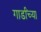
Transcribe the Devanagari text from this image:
गार्डांच्या